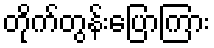
တိုက်တွန်းပြောကြား